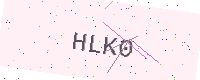
Text: HLK0